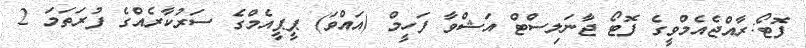
ފޮޓޯ:ރާއްޖެއެމްވީގެ ފޮޓޯ ޖާނަލިސްޓް އަޝްވާ ފަހީމް (އައްވަ) ޕީޕީއެމްގެ ސަރުކާރެއްގެ ފުރަތަމަ 2